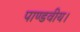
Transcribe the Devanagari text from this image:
पाण्डवीय।